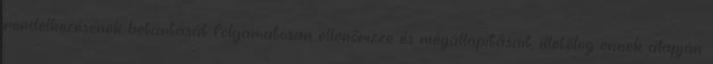
rendelkezésének betartását folyamatosan ellenőrizze és megállapításait, illetőleg ennek alapján